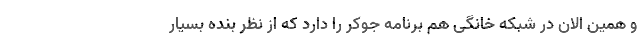
و همین الان در شبکه خانگی هم برنامه جوکر را دارد که از نظر بنده بسیار